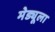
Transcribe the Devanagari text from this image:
मेड्यूला